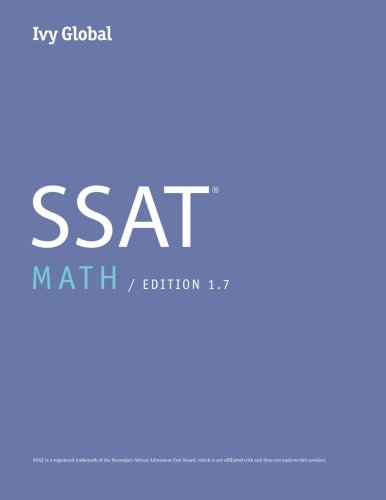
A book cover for Ivy Global SSAT Math 2015 (Prep Book); Ivy Global; Test Preparation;